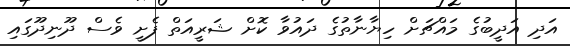
އަދި އަދީބުގެ މައްޗަށް ހިޔާނާތުގެ ދައުވާ ކޮށް ޝަރީއަތް ފެށީ ވެސް ދޫނިދޫގައި